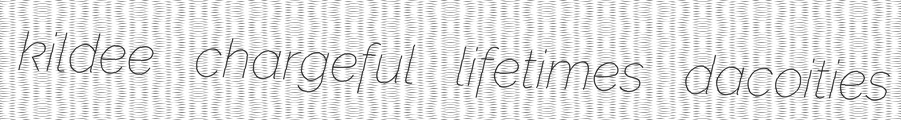
kildee chargeful lifetimes dacoities